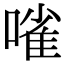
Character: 𠻘